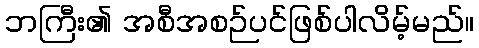
ဘကြီး၏ အစီအစဉ်ပင်ဖြစ်ပါလိမ့်မည်။